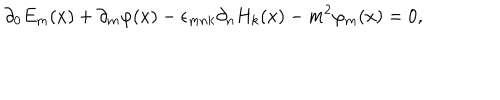
\partial _ { 0 } E _ { m } ( x ) + \partial _ { m } \varphi ( x ) - \epsilon _ { m n k } \partial _ { n } H _ { k } ( x ) - m ^ { 2 } \varphi _ { m } ( x ) = 0 ,